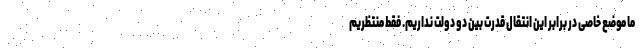
ما موضع خاصی در برابر این انتقال قدرت بین دو دولت نداریم. فقط منتظریم